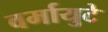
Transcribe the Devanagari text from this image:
वर्मायुटे